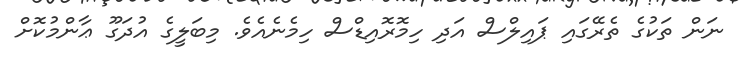
ނަން ތަކުގެ ތެރޭގައި ޕައިލްސް އަދި ހިމޮރޮއިޑްސް ހިމެނެއެވެ. މިބަލީގެ އުދަގޫ ޢާންމުކޮށް